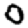
Digit: 0